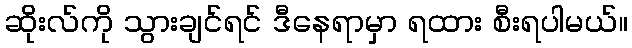
ဆိုးလ်ကို သွားချင်ရင် ဒီနေရာမှာ ရထား စီးရပါမယ်။